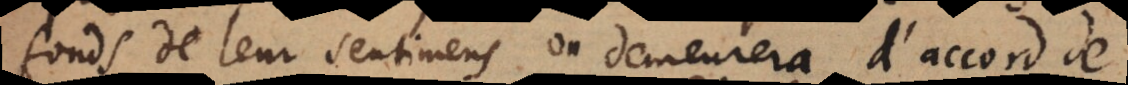
fonds de leur sentimens on demeurera d’accord de